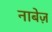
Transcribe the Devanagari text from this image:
नाबेज़